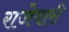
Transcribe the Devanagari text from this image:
राजेवारी